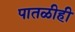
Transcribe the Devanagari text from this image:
पातळीही